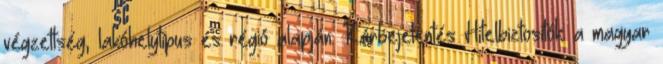
végzettség, lakóhelytípus és régió alapján. Kárbejelentés Hitelbiztosítók: a magyar